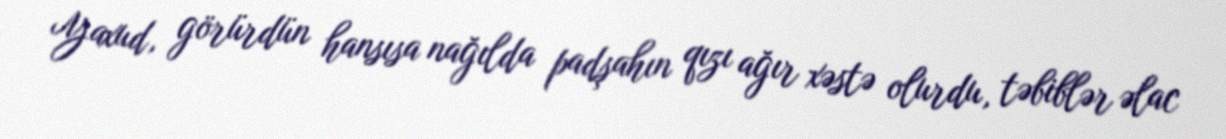
Yaxud, görürdün hansısa nağılda padşahın qızı ağır xəstə olurdu, təbiblər əlac